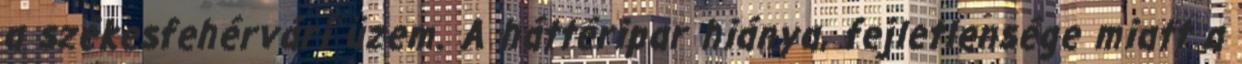
a székesfehérvári üzem. A háttéripar hiánya, fejletlensége miatt a